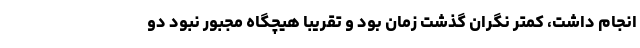
انجام داشت، کمتر نگران گذشت زمان بود و تقریباً هیچگاه مجبور نبود دو